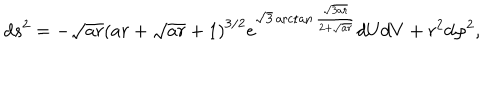
d s ^ { 2 } = - \sqrt { a r } \left( a r + \sqrt { a r } + 1 \right) ^ { 3 / 2 } e ^ { \sqrt { 3 } \operatorname { a r c t a n } \frac { \sqrt { 3 a r } } { 2 + \sqrt { a r } } } d U d V + r ^ { 2 } d \varphi ^ { 2 } ,